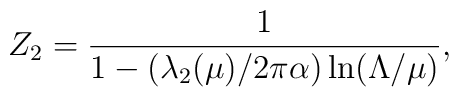
Z_2={1\over 1-(\lambda_2(\mu)/ 2\pi\alpha)\ln(\Lambda/\mu)},